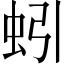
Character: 蚓